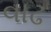
વાઢ